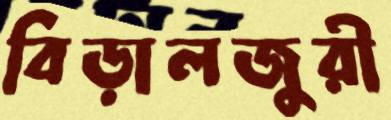
বিড়ালজুরী